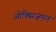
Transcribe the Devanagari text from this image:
ओक्सिजमन